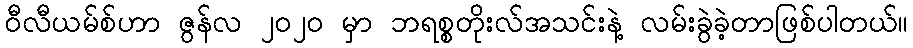
ဝီလီယမ်စ်ဟာ ဇွန်လ ၂၀၂၀ မှာ ဘရစ္စတိုးလ်အသင်းနဲ့ လမ်းခွဲခဲ့တာဖြစ်ပါတယ်။